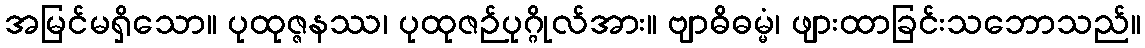
အမြင်မရှိသော။ ပုထုဇ္ဇနဿ၊ ပုထုဇဉ်ပုဂ္ဂိုလ်အား။ ဗျာဓိဓမ္မံ၊ ဖျားထာခြင်းသဘောသည်။